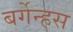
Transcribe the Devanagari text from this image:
बर्गेन्हस